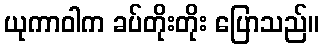
ယုကာဝါက ခပ်တိုးတိုး ပြောသည်။